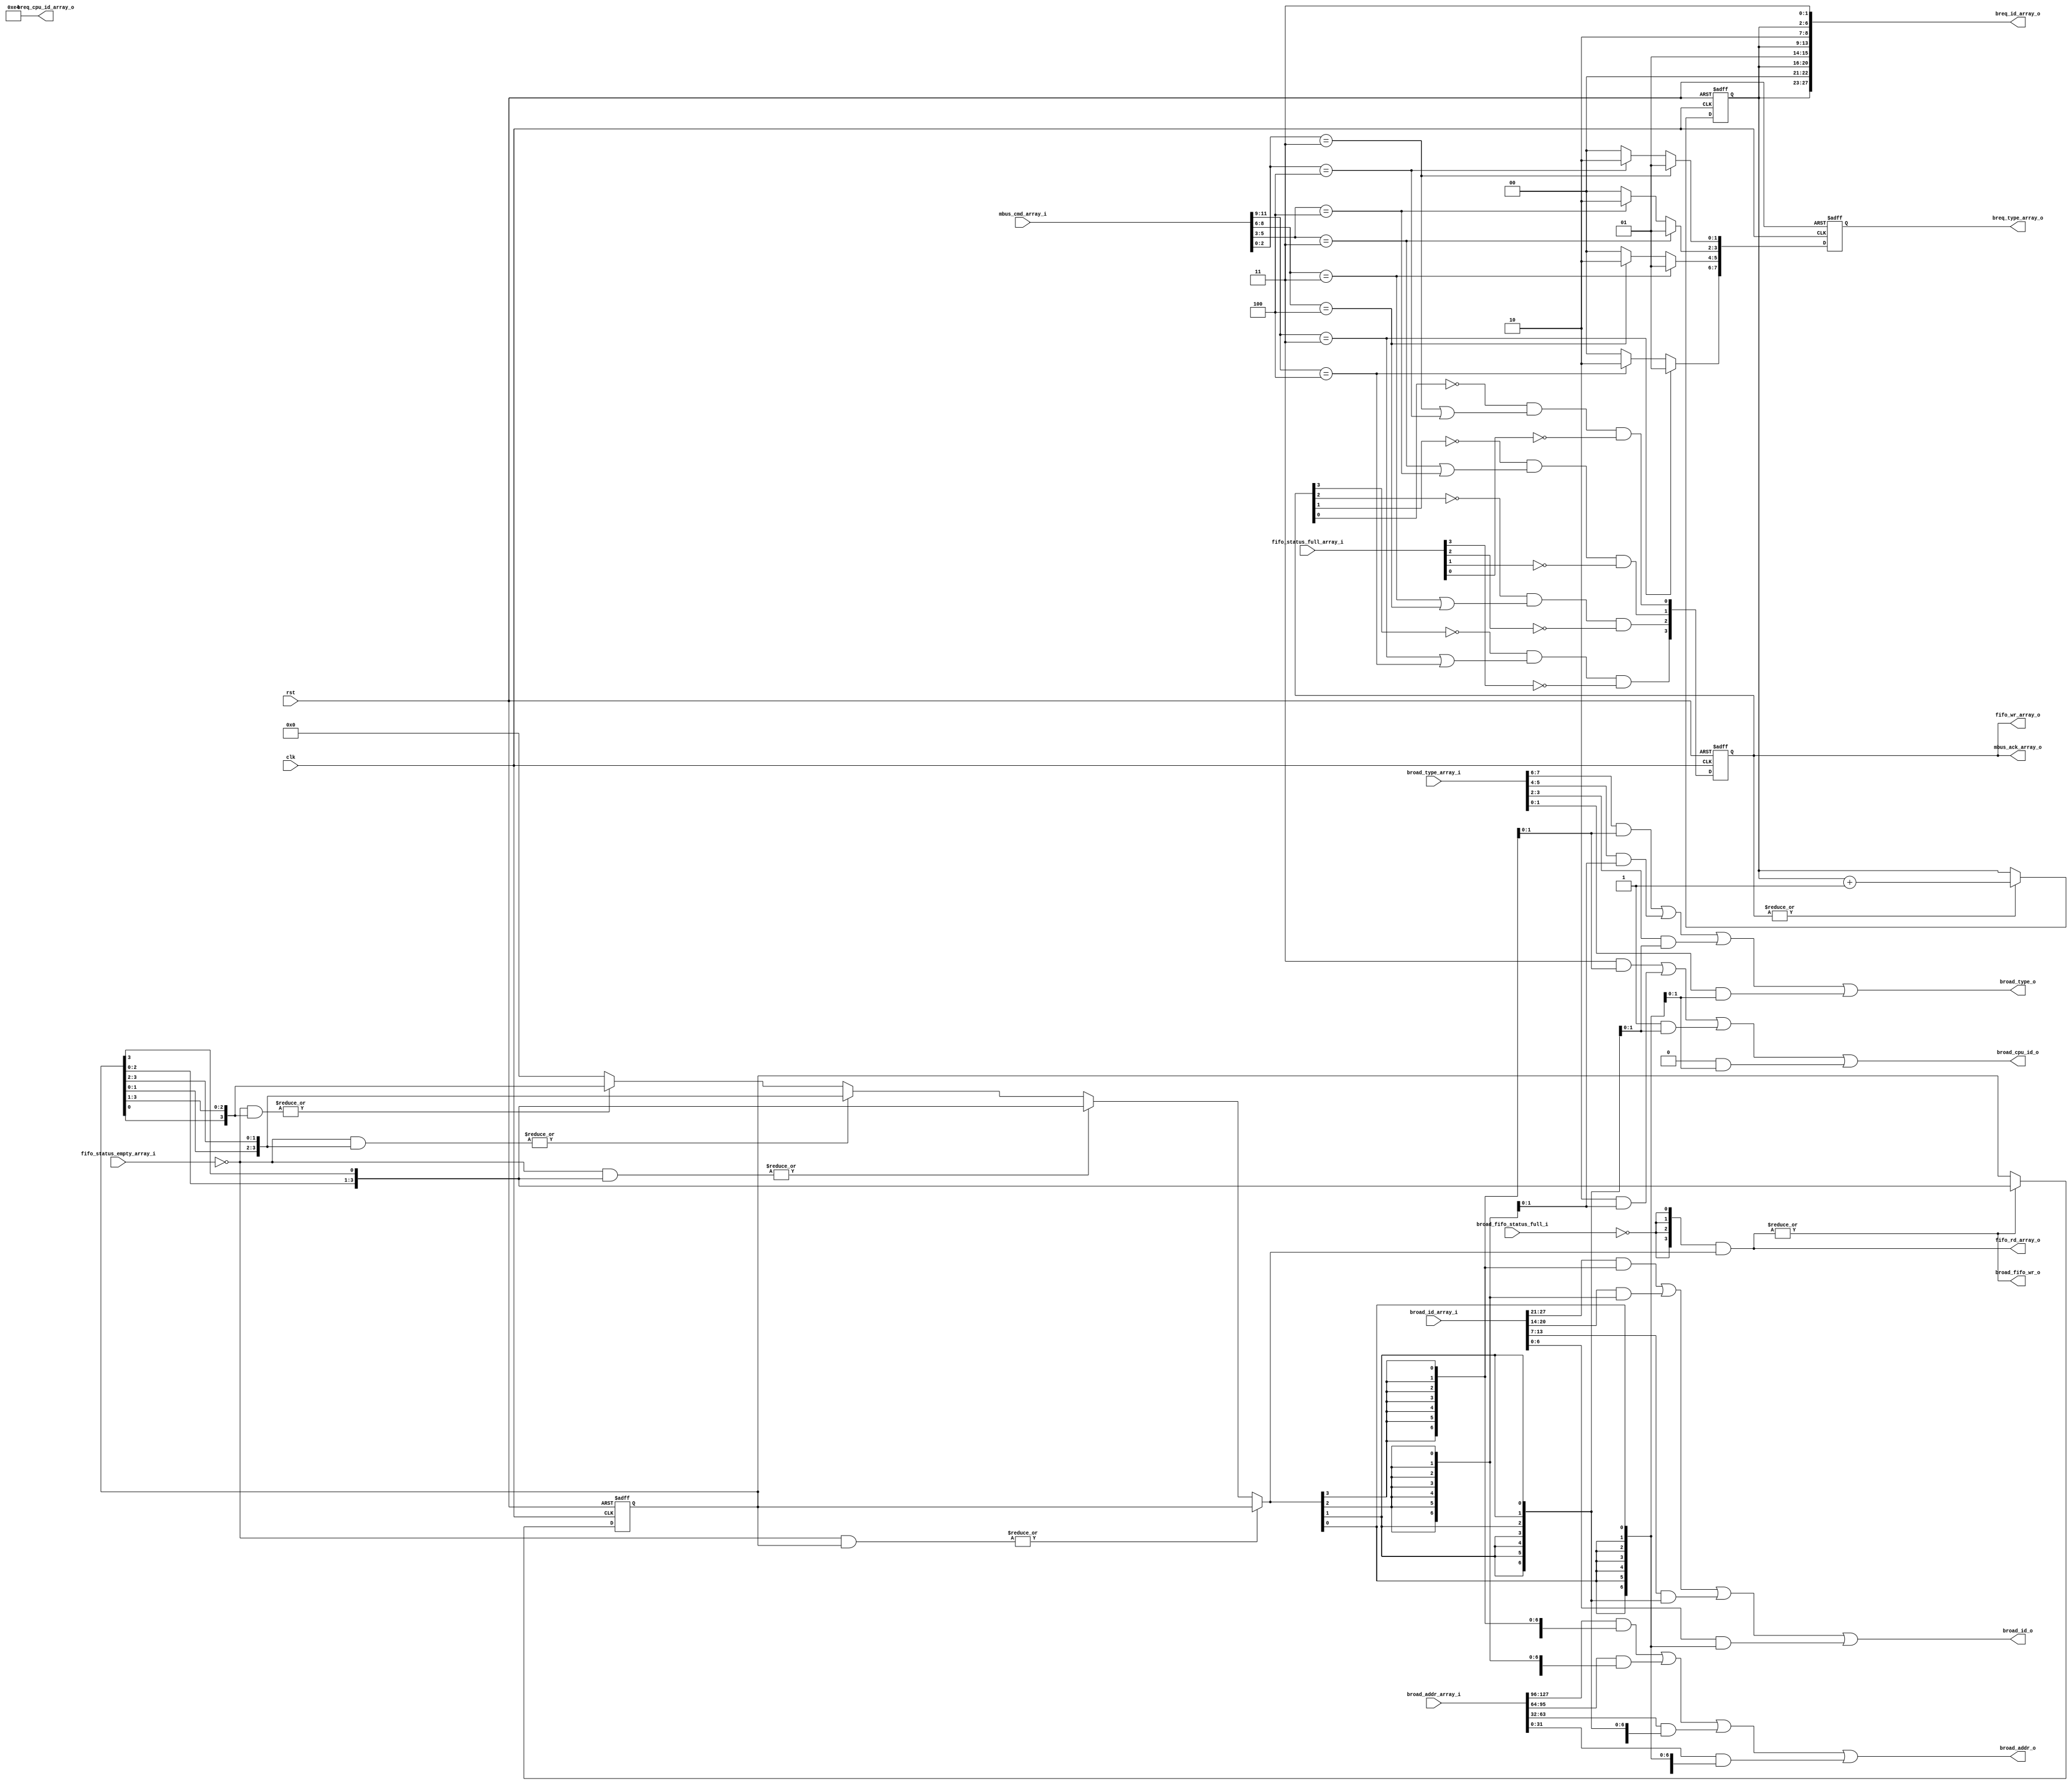
`define MESI_ISC_MBUS_CMD_NOP      3'd0
`define MESI_ISC_MBUS_CMD_WR       3'd1
`define MESI_ISC_MBUS_CMD_RD       3'd2
`define MESI_ISC_MBUS_CMD_WR_BROAD 3'd3
`define MESI_ISC_MBUS_CMD_RD_BROAD 3'd4
`define MESI_ISC_CBUS_CMD_NOP      3'd0
`define MESI_ISC_CBUS_CMD_WR_SNOOP 3'd1
`define MESI_ISC_CBUS_CMD_RD_SNOOP 3'd2
`define MESI_ISC_CBUS_CMD_EN_WR    3'd3
`define MESI_ISC_CBUS_CMD_EN_RD    3'd4
`define MESI_ISC_BREQ_TYPE_NOP 2'd0
`define MESI_ISC_BREQ_TYPE_WR  2'd1
`define MESI_ISC_BREQ_TYPE_RD  2'd2

module mesi_isc_breq_fifos_cntl
    (
     // Inputs
     clk,
     rst,
     mbus_cmd_array_i,
     fifo_status_empty_array_i,
     fifo_status_full_array_i,
     broad_fifo_status_full_i,
     broad_addr_array_i,
     broad_type_array_i,
     broad_id_array_i,
     // Outputs
     mbus_ack_array_o,
     fifo_wr_array_o,
     fifo_rd_array_o,
     broad_fifo_wr_o,
     broad_addr_o,
     broad_type_o,
     broad_cpu_id_o,
     broad_id_o,
     breq_type_array_o,
     breq_cpu_id_array_o,
     breq_id_array_o
   );
   
parameter
  MBUS_CMD_WIDTH           = 3,
  ADDR_WIDTH               = 32,
  BROAD_TYPE_WIDTH         = 2,  
  BROAD_ID_WIDTH           = 7;
  
// Inputs
//================================
// System
input                   clk;          // System clock
input                   rst;          // Active high system reset

// Main buses
// The mbus commands, according to the commend the breq are written to
// the fifos
input [4*MBUS_CMD_WIDTH-1:0] mbus_cmd_array_i;
// cntl
// breq fifo status
input [3:0]             fifo_status_empty_array_i;       
input [3:0]             fifo_status_full_array_i;
// broad_fifo
// breqs can be written to the broad fifo when it is not full
input                   broad_fifo_status_full_i;
// mux
// The mux sends to the broad fifo one of the broad from the 4 breq fifos.
// It sends: address. type, cpu_id, broad_id
input [4*ADDR_WIDTH-1      :0] broad_addr_array_i;
input [4*BROAD_TYPE_WIDTH-1:0] broad_type_array_i;
input [4*BROAD_ID_WIDTH-1  :0] broad_id_array_i;
     
// Outputs
// Main busses
// When a breq is stored to a fifo an acknowledge is send to the initiator
output [3:0]            mbus_ack_array_o;
// cntl
// Write the breq to one of the fifos
output [3:0]            fifo_wr_array_o;
// Read a breq toward the broad fifo
output [3:0]            fifo_rd_array_o; 
// broad_fifo
// Command to fifo for a broad in the broad fifo
output                  broad_fifo_wr_o;
// The broad information that is send to the broad fifo: address. type, cpu_id
// and broad_id
output [ADDR_WIDTH-1      :0] broad_addr_o;
output [BROAD_TYPE_WIDTH-1:0] broad_type_o;
output [1:0]                  broad_cpu_id_o;
output [BROAD_ID_WIDTH-1:  0] broad_id_o;
// fifo inputs
// Some of the breq fifo input are manipulate before storing
// The type in manipulation of the mbus command
output [4*BROAD_TYPE_WIDTH-1:0] breq_type_array_o;
// Each CPU has a fixed ID
output [4*2-1:0]              breq_cpu_id_array_o;
// Each breq has a unique ID.
output [4*BROAD_ID_WIDTH-1:0] breq_id_array_o;

// Regs & wires
//================================
reg [3:0]               mbus_ack_array;
reg [3:0]               fifos_priority; // A one hot priority between the 
                                      // breq fifos toward the broad fifo
wire [3:0]              fifos_priority_barrel_shiftl_1,
                        fifos_priority_barrel_shiftl_2,
                        fifos_priority_barrel_shiftl_3;
wire [3:0]              fifo_select_oh; // A one hot control of the mux between
                                        // breq fifos toward the broad fifo
reg  [BROAD_ID_WIDTH-3:0] breq_id_base; // breq_id_base is the base value of
                                        // the IDs. breq_id_base = breq_id/4
   
wire [MBUS_CMD_WIDTH-1:0] mbus_cmd_array_i_3,
			  mbus_cmd_array_i_2,
			  mbus_cmd_array_i_1,
			  mbus_cmd_array_i_0;
reg [4*BROAD_TYPE_WIDTH-1:0] breq_type_array_o;
  
// Assigns for outputs
//================================
assign mbus_ack_array_o   = mbus_ack_array;


// fifo_rd_array_o, broad_fifo_wr_o
// Read the breq from one of the breq fifos and write it to the broad fifo.   
assign fifo_rd_array_o = {4{~broad_fifo_status_full_i}} & // There is space in
			              // the broad fifo
		         fifo_select_oh[3:0]; // The highest priority
			              // fifo that has a valid breq.
assign broad_fifo_wr_o = |fifo_rd_array_o[3:0]; // Write to the broad fifo is 
                                      // done in parallel to Read from one of
                                      // the breq fifo The values set
   
// fifos_priority, fifos_priority_barrel_shift_1/2/3 (one hot)
// The priority between the CPU is done in round robin order.
// The breq which is sent to the broad fifo is selected according to 
// the value of the fifos_priority register, from the low value to the high 
// value.
// For example when fifos_priority == 2 then the priority order is:
//  2 -> 3 -> 0 -> 1. The breq is sent from the first breq fifo, in that order,
// that has a valid breq.
// The priority is change whenever a breq is sent to the broad fifo  
always @(posedge clk or posedge rst)
 if (rst)
   fifos_priority <= 1;
 else if (broad_fifo_wr_o)
   fifos_priority[3:0] <= fifos_priority_barrel_shiftl_1[3:0];

assign fifos_priority_barrel_shiftl_3[3:0] =
                                    {fifos_priority[0]  , fifos_priority[3:1]};
assign fifos_priority_barrel_shiftl_2[3:0] =
                                    {fifos_priority[1:0], fifos_priority[3:2]};
assign fifos_priority_barrel_shiftl_1[3:0] =
                                    {fifos_priority[2:0], fifos_priority[3]};
   
// fifo_select_oh (one hot)
// Points to the highest priority fifo (see fifos_priority) that
// has a valid breq.
// The control of the mux from the breq fifos to the broad fifo.
assign fifo_select_oh[3:0] =
          // If the 1st highest priority fifo is not empty then select it
	  // Or the bit-wise results of the following formula to one result   
	  // Bit-wise set for fifos that are not empty 
          |(~fifo_status_empty_array_i[3:0] &
	     // Bit-wise one hot priority for the 1st highest priority
             fifos_priority[3:0]                 ) ?
                                          fifos_priority[3:0]                 :
          |(~fifo_status_empty_array_i[3:0] &
             fifos_priority_barrel_shiftl_1[3:0] ) ?
                                          fifos_priority_barrel_shiftl_1[3:0] :
          |(~fifo_status_empty_array_i[3:0] &
             fifos_priority_barrel_shiftl_2[3:0] ) ?
                                          fifos_priority_barrel_shiftl_2[3:0] :
          |(~fifo_status_empty_array_i[3:0] &
             fifos_priority_barrel_shiftl_3[3:0] ) ?
                                          fifos_priority_barrel_shiftl_3[3:0] :
                                          4'd0;
   
// broad_addr_o, broad_type_o, broad_cpu_id_o, broad_id_o
// One hot mux
assign broad_addr_o[ADDR_WIDTH-1:0] = 
            broad_addr_array_i[(3+1)*ADDR_WIDTH-1 : 3*ADDR_WIDTH] &
                                              {ADDR_WIDTH{fifo_select_oh[3]}} |
            broad_addr_array_i[(2+1)*ADDR_WIDTH-1 : 2*ADDR_WIDTH] &
                                              {ADDR_WIDTH{fifo_select_oh[2]}} |
            broad_addr_array_i[(1+1)*ADDR_WIDTH-1 : 1*ADDR_WIDTH] &
                                              {ADDR_WIDTH{fifo_select_oh[1]}} |
            broad_addr_array_i[(0+1)*ADDR_WIDTH-1 : 0*ADDR_WIDTH] &
                                              {ADDR_WIDTH{fifo_select_oh[0]}};
assign broad_type_o[BROAD_TYPE_WIDTH-1:0] = 
            broad_type_array_i[(3+1)*BROAD_TYPE_WIDTH-1 : 3*BROAD_TYPE_WIDTH] &
                                        {BROAD_TYPE_WIDTH{fifo_select_oh[3]}} |
            broad_type_array_i[(2+1)*BROAD_TYPE_WIDTH-1 : 2*BROAD_TYPE_WIDTH] &
                                        {BROAD_TYPE_WIDTH{fifo_select_oh[2]}} |
            broad_type_array_i[(1+1)*BROAD_TYPE_WIDTH-1 : 1*BROAD_TYPE_WIDTH] &
                                        {BROAD_TYPE_WIDTH{fifo_select_oh[1]}} |
            broad_type_array_i[(0+1)*BROAD_TYPE_WIDTH-1 : 0*BROAD_TYPE_WIDTH] &
                                        {BROAD_TYPE_WIDTH{fifo_select_oh[0]}};
// Each CPU has a fixed ID
assign broad_cpu_id_o[1:0] = 2'd3 & {2{fifo_select_oh[3]}} |
	                     2'd2 & {2{fifo_select_oh[2]}} |  
		             2'd1 & {2{fifo_select_oh[1]}} |  
			     2'd0 & {2{fifo_select_oh[0]}};
   
assign broad_id_o[BROAD_ID_WIDTH-1:0] =
            broad_id_array_i[(3+1)*BROAD_ID_WIDTH-1 : 3*BROAD_ID_WIDTH] &
                                          {BROAD_ID_WIDTH{fifo_select_oh[3]}} |
            broad_id_array_i[(2+1)*BROAD_ID_WIDTH-1 : 2*BROAD_ID_WIDTH] &
                                          {BROAD_ID_WIDTH{fifo_select_oh[2]}} |
            broad_id_array_i[(1+1)*BROAD_ID_WIDTH-1 : 1*BROAD_ID_WIDTH] &
                                          {BROAD_ID_WIDTH{fifo_select_oh[1]}} |
            broad_id_array_i[(0+1)*BROAD_ID_WIDTH-1 : 0*BROAD_ID_WIDTH] &
                                          {BROAD_ID_WIDTH{fifo_select_oh[0]}};
		    
//fifo_wr_array
// Write the breq into the fifo.
// When an acknowledge is sent to the mbus the breq is written to the fifo.
assign fifo_wr_array_o[3:0] = mbus_ack_array[3:0];
   
// mbus_ack_array
// The mbus ack is an indication for the mbus that the (broadcast) transaction
// was received and it can proceed to the next transaction (or to nop).
// The acknowledge is sent to the mbus when the breq can be stored in the fifo.
// The acknowledge can't be asserted for more then one cycle for simplification
// of the protocol and timing paths. 
always @(posedge clk or posedge rst)
  if (rst)
     mbus_ack_array[3:0] <= 0;
  else
  begin
     mbus_ack_array[3] <= ~mbus_ack_array[3] &
                          (mbus_cmd_array_i_3 == `MESI_ISC_MBUS_CMD_WR_BROAD |
                           mbus_cmd_array_i_3 == `MESI_ISC_MBUS_CMD_RD_BROAD )&
                          fifo_status_full_array_i[3] == 0;
     mbus_ack_array[2] <= ~mbus_ack_array[2] &
                          (mbus_cmd_array_i_2 == `MESI_ISC_MBUS_CMD_WR_BROAD |
                           mbus_cmd_array_i_2 == `MESI_ISC_MBUS_CMD_RD_BROAD )&
                          fifo_status_full_array_i[2] == 0;
     mbus_ack_array[1] <= ~mbus_ack_array[1] &
                          (mbus_cmd_array_i_1 == `MESI_ISC_MBUS_CMD_WR_BROAD |
                           mbus_cmd_array_i_1 == `MESI_ISC_MBUS_CMD_RD_BROAD )&
                          fifo_status_full_array_i[1] == 0;
     mbus_ack_array[0] <= ~mbus_ack_array[0] &
                          (mbus_cmd_array_i_0 == `MESI_ISC_MBUS_CMD_WR_BROAD |
                           mbus_cmd_array_i_0 == `MESI_ISC_MBUS_CMD_RD_BROAD )&
                          fifo_status_full_array_i[0] == 0;
     
  end

assign mbus_cmd_array_i_3[MBUS_CMD_WIDTH-1:0] =
                   mbus_cmd_array_i[(3+1)*MBUS_CMD_WIDTH-1 : 3*MBUS_CMD_WIDTH];
assign mbus_cmd_array_i_2[MBUS_CMD_WIDTH-1:0] =
                   mbus_cmd_array_i[(2+1)*MBUS_CMD_WIDTH-1 : 2*MBUS_CMD_WIDTH];
assign mbus_cmd_array_i_1[MBUS_CMD_WIDTH-1:0] =
                   mbus_cmd_array_i[(1+1)*MBUS_CMD_WIDTH-1 : 1*MBUS_CMD_WIDTH];
assign mbus_cmd_array_i_0[MBUS_CMD_WIDTH-1:0] =
                   mbus_cmd_array_i[(0+1)*MBUS_CMD_WIDTH-1 : 0*MBUS_CMD_WIDTH];
   
// The breq type depends on the mbus command.
// Mbus: Write broadcast - breq type: wr
// Mbus: Read broadcast  - breq type: rd
// Mbus: else            - breq type: nop
always @(posedge clk or posedge rst)
 if (rst)
   breq_type_array_o[4*BROAD_TYPE_WIDTH-1:0] <= 0;
 else begin 
       //                \ /                      \ /
       breq_type_array_o[(3+1)*BROAD_TYPE_WIDTH-1: 3*BROAD_TYPE_WIDTH] =
        //              \ /
        mbus_cmd_array_i_3[MBUS_CMD_WIDTH-1:0] == `MESI_ISC_MBUS_CMD_WR_BROAD ?
                                                     `MESI_ISC_BREQ_TYPE_WR:
	//              \ /
        mbus_cmd_array_i_3[MBUS_CMD_WIDTH-1:0] == `MESI_ISC_MBUS_CMD_RD_BROAD ?
                                                     `MESI_ISC_BREQ_TYPE_RD:
                                                     `MESI_ISC_BREQ_TYPE_NOP;
       //                \ /                      \ /
       breq_type_array_o[(2+1)*BROAD_TYPE_WIDTH-1: 2*BROAD_TYPE_WIDTH] =
        //              \ /
        mbus_cmd_array_i_2[MBUS_CMD_WIDTH-1:0] == `MESI_ISC_MBUS_CMD_WR_BROAD ?
                                                     `MESI_ISC_BREQ_TYPE_WR:
        //              \ /
        mbus_cmd_array_i_2[MBUS_CMD_WIDTH-1:0] == `MESI_ISC_MBUS_CMD_RD_BROAD ?
                                                     `MESI_ISC_BREQ_TYPE_RD:
                                                     `MESI_ISC_BREQ_TYPE_NOP;
       //                \ /                      \ /
       breq_type_array_o[(1+1)*BROAD_TYPE_WIDTH-1: 1*BROAD_TYPE_WIDTH] =
        //              \ /
        mbus_cmd_array_i_1[MBUS_CMD_WIDTH-1:0] == `MESI_ISC_MBUS_CMD_WR_BROAD ?
                                                     `MESI_ISC_BREQ_TYPE_WR:
	//              \ /
        mbus_cmd_array_i_1[MBUS_CMD_WIDTH-1:0] == `MESI_ISC_MBUS_CMD_RD_BROAD ?
                                                     `MESI_ISC_BREQ_TYPE_RD:
                                                     `MESI_ISC_BREQ_TYPE_NOP;
       //                \ /                      \ /
       breq_type_array_o[(0+1)*BROAD_TYPE_WIDTH-1: 0*BROAD_TYPE_WIDTH] =
        //              \ /
        mbus_cmd_array_i_0[MBUS_CMD_WIDTH-1:0] == `MESI_ISC_MBUS_CMD_WR_BROAD ?
                                                     `MESI_ISC_BREQ_TYPE_WR:
	//              \ /
        mbus_cmd_array_i_0[MBUS_CMD_WIDTH-1:0] == `MESI_ISC_MBUS_CMD_RD_BROAD ?
                                                     `MESI_ISC_BREQ_TYPE_RD:
                                                     `MESI_ISC_BREQ_TYPE_NOP;

end
// The CPU IDs have fixed values
assign breq_cpu_id_array_o[(3+1)*2-1 : 3*2] = 3;
assign breq_cpu_id_array_o[(2+1)*2-1 : 2*2] = 2;
assign breq_cpu_id_array_o[(1+1)*2-1 : 1*2] = 1;
assign breq_cpu_id_array_o[(0+1)*2-1 : 0*2] = 0;

// breq_id_array_o
// In a cycle that at least on breq is received there are 4 unique numbers -
// one for each fifo. These numbers are the breq ID. In a cycle that a certain
// fifo does not receive a breq (but there is at least one more fifos that  
// receives) then its unique number in that cycle is not used.
// The values of breq_id are cyclic and every specific amount of breqs its  
// value go back to 0. The possible different values of breq_id are much bigger
// then 4*(the latency of mesi_isc). In that way it is not possible that the
// same ID is used for more then one request in the same time.
// 
// fifo 0 ID (for each cycle) is breq_id_base*4
// fifo 1 ID is breq_id_base*4 + 1
// fifo 1 ID is breq_id_base*4 + 2
// fifo 1 ID is breq_id_base*4 + 3
assign breq_id_array_o[(3+1)*BROAD_ID_WIDTH-1 : 3*BROAD_ID_WIDTH] =
                                   {breq_id_base[BROAD_ID_WIDTH-3 : 0], 2'b00};
assign breq_id_array_o[(2+1)*BROAD_ID_WIDTH-1 : 2*BROAD_ID_WIDTH] =
                                   {breq_id_base[BROAD_ID_WIDTH-3 : 0], 2'b01};
assign breq_id_array_o[(1+1)*BROAD_ID_WIDTH-1 : 1*BROAD_ID_WIDTH] =
                                   {breq_id_base[BROAD_ID_WIDTH-3 : 0], 2'b10};
assign breq_id_array_o[(0+1)*BROAD_ID_WIDTH-1 : 0*BROAD_ID_WIDTH] =
                                   {breq_id_base[BROAD_ID_WIDTH-3 : 0], 2'b11};
							       
// The least significant bits of breq_id_base are always 0
always @(posedge clk or posedge rst)
 if (rst)
   breq_id_base[BROAD_ID_WIDTH-3 : 0] <= 0;
 else if (|fifo_wr_array_o)
  //  breq_id_base+1 is analogous to  breq_id+4
  breq_id_base[BROAD_ID_WIDTH-3 : 0] <= breq_id_base[BROAD_ID_WIDTH-3 : 0] + 1;
   
endmodule